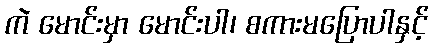
ကဲ မောင်းမှာ မောင်းပါ၊ စကားမပြောပါနှင့်